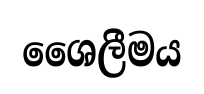
ශෛලීමය